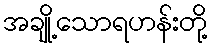
အချို့သောရဟန်းတို့